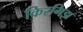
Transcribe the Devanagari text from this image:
किरगिझ